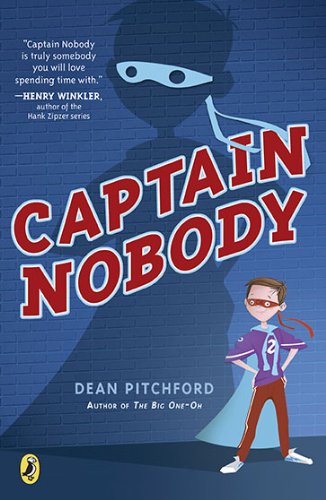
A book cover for Captain Nobody; Dean Pitchford; Children's Books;